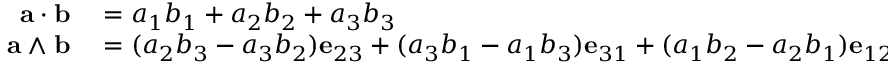
\begin{array} { r l } { \mathbf { a } \cdot \mathbf { b } } & { { } = a _ { 1 } b _ { 1 } + a _ { 2 } b _ { 2 } + a _ { 3 } b _ { 3 } } \\ { \mathbf { a } \wedge \mathbf { b } } & { { } = ( a _ { 2 } b _ { 3 } - a _ { 3 } b _ { 2 } ) \mathbf { e } _ { 2 3 } + ( a _ { 3 } b _ { 1 } - a _ { 1 } b _ { 3 } ) \mathbf { e } _ { 3 1 } + ( a _ { 1 } b _ { 2 } - a _ { 2 } b _ { 1 } ) \mathbf { e } _ { 1 2 } . } \end{array}